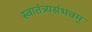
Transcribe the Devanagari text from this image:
स्वातंत्र्यसंभवम्